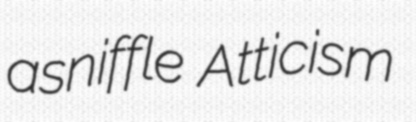
asniffle Atticism